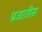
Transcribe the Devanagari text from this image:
प्रजातीस